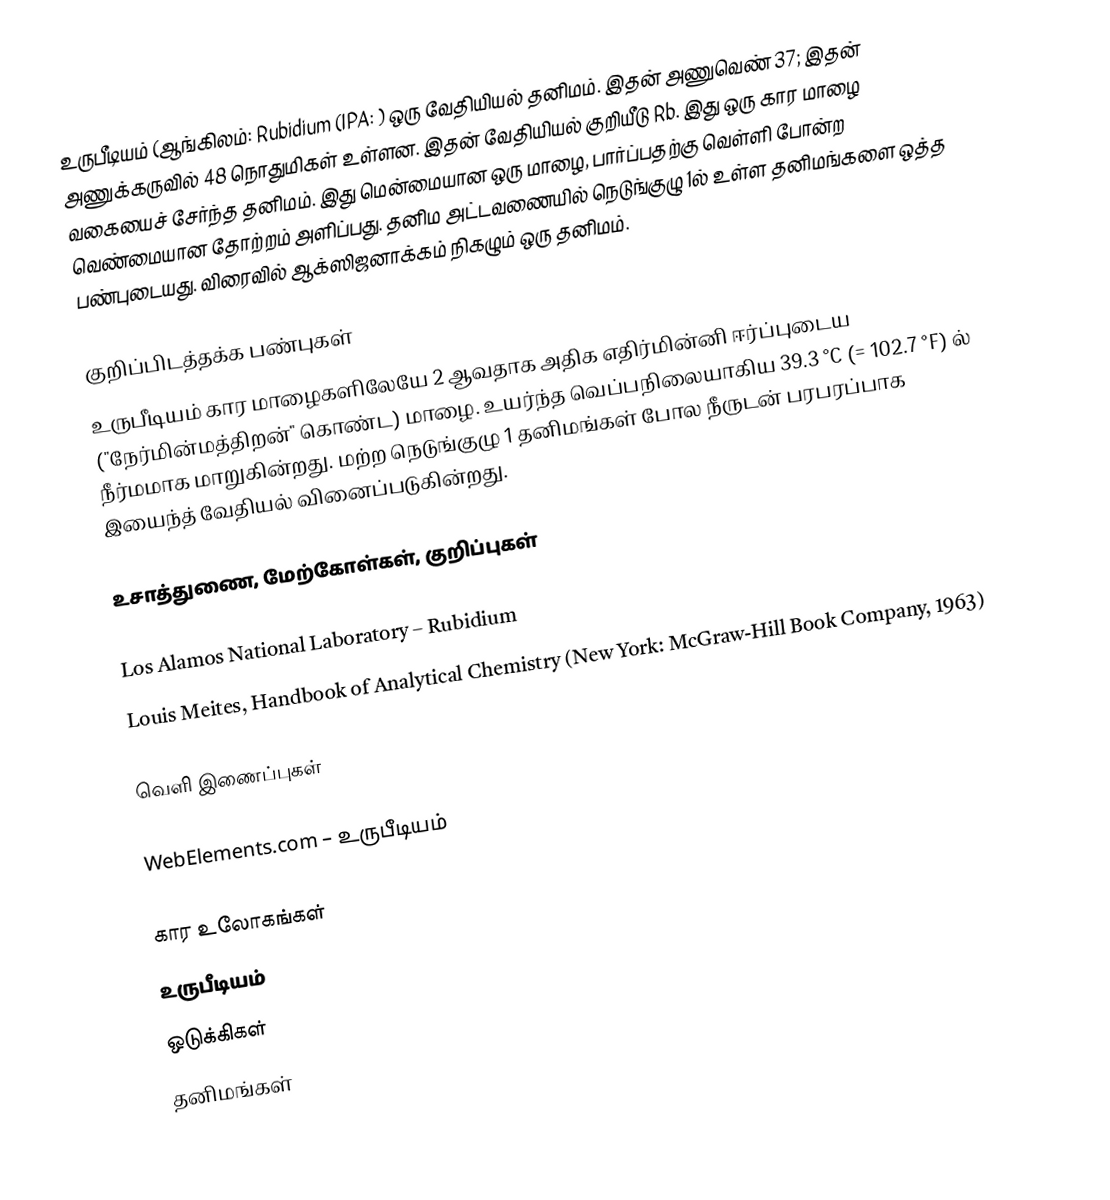
உருபீடியம் (ஆங்கிலம்: Rubidium (IPA: ) ஒரு வேதியியல் தனிமம். இதன் அணுவெண் 37; இதன் அணுக்கருவில் 48 நொதுமிகள் உள்ளன. இதன் வேதியியல் குறியீடு Rb. இது ஒரு கார மாழை வகையைச் சேர்ந்த தனிமம். இது மென்மையான ஒரு மாழை, பார்ப்பதற்கு வெள்ளி போன்ற வெண்மையான தோற்றம் அளிப்பது. தனிம அட்டவணையில் நெடுங்குழு 1ல் உள்ள தனிமங்களை ஒத்த பண்புடையது. விரைவில் ஆக்ஸிஜனாக்கம் நிகழும் ஒரு தனிமம்.

குறிப்பிடத்தக்க பண்புகள்
உருபீடியம் கார மாழைகளிலேயே 2 ஆவதாக அதிக எதிர்மின்னி ஈர்ப்புடைய ("நேர்மின்மத்திறன்" கொண்ட) மாழை. உயர்ந்த வெப்பநிலையாகிய 39.3 °C (= 102.7 °F) ல் நீர்மமாக மாறுகின்றது. மற்ற நெடுங்குழு 1 தனிமங்கள் போல நீருடன் பரபரப்பாக இயைந்த் வேதியல் வினைப்படுகின்றது.

உசாத்துணை, மேற்கோள்கள், குறிப்புகள்

 Los Alamos National Laboratory – Rubidium
 Louis Meites, Handbook of Analytical Chemistry (New York: McGraw-Hill Book Company, 1963)

வெளி இணைப்புகள்

 WebElements.com – உருபீடியம்

கார உலோகங்கள்
உருபீடியம்
ஒடுக்கிகள்
தனிமங்கள்